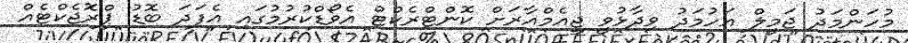
މުހަންމަދު ޖަމީލް އަހުމަދު ވިދާޅުވީ ޖީއެމްއާރަށް ކޮންޓްރެކްޓް އެވޯޑްކުރުމުގައި އެފަދަ ބޮޑު ޕްރޮޖެކްޓެއް